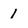
Character: 1